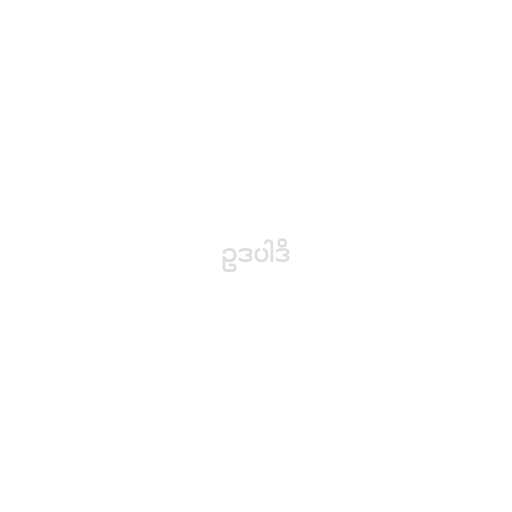
ဥဒပါဒိ